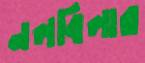
নলবিলার